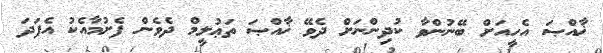
ޚާއްޞަ އެހީއަށް ބޭނުންވާ ކުދިންނަށް ދެވޭ ޚާއްޞަ ތަޢުލީމް ދެވެން ފެށުމާއެކު އެފަދަ